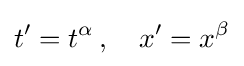
t'=t^{\alpha }\,,\quad x'=x^{\beta }